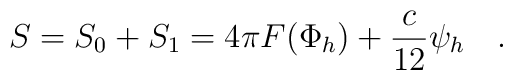
S=S_0+S_1=4\pi F(\Phi_h)+{c \over 12}\psi_h~~~.